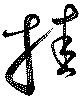
挂